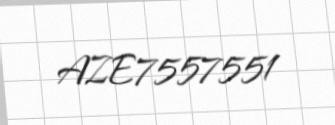
AZE7557551